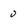
Character: 0